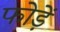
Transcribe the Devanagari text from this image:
फोड़ें